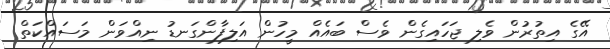
އޭގެ އިތުުރުން ވެލި ޖަހައިގެން ވެސް ބައެއް މީހުން އަލިފާންގަނޑު ނިއްވަން މަސައްކަތް